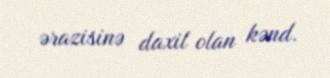
ərazisinə daxil olan kənd.